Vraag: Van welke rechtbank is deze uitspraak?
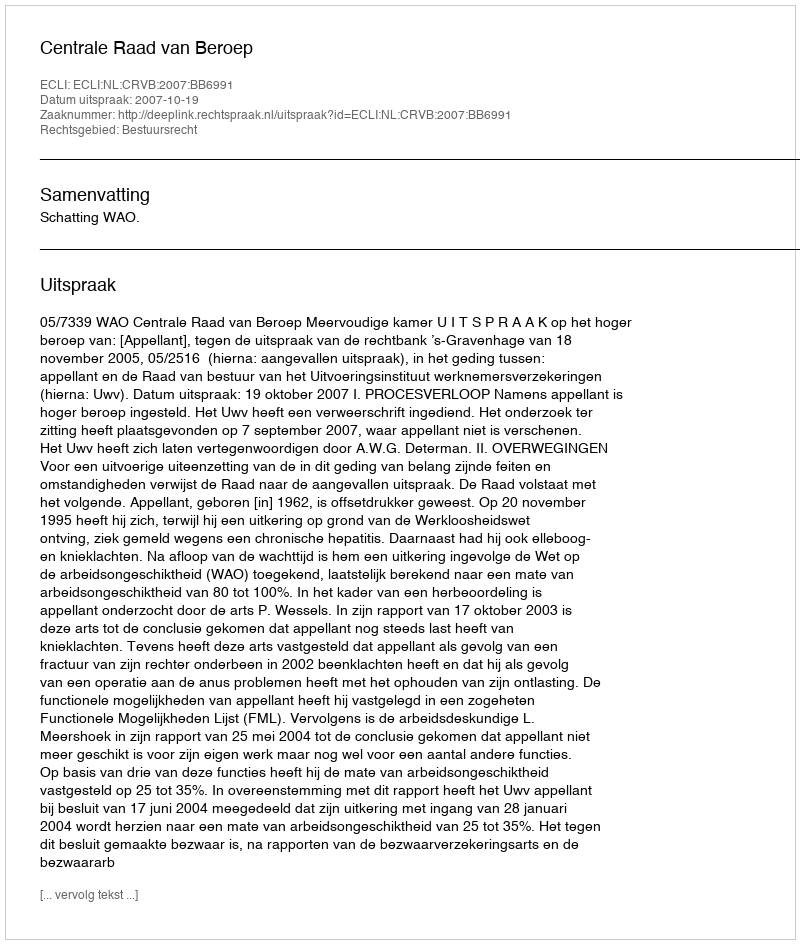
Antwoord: Centrale Raad van Beroep